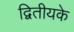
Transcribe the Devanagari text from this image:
द्वितीयके